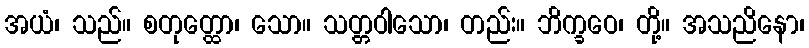
အယံ၊ သည်။ စတုတ္ထော၊ သော။ သတ္တဝါသော၊ တည်း။ ဘိက္ခဝေ၊ တို့။ အသညိနော၊